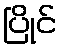
ပြိုင်